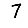
Digit: 7